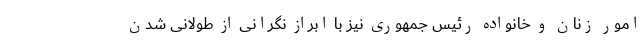
امور زنان و خانواده رئیس جمهوری نیز با ابراز نگرانی از طولانی شدن